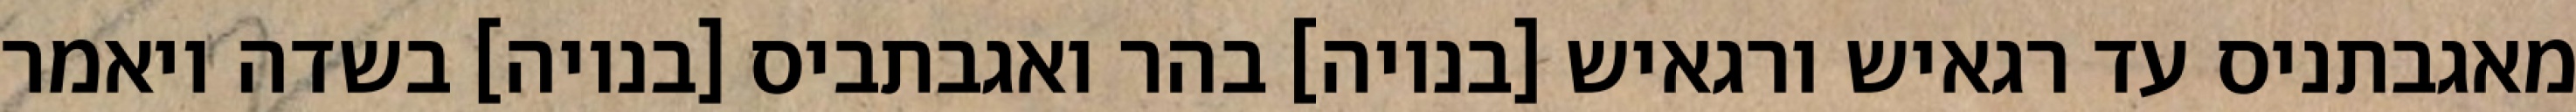
מאגבתניס עד רגאיש ורגאיש [בנויה] בהר ואגבתביס [בנויה] בשדה ויאמר